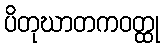
ပိတုဃာတကဝတ္ထု